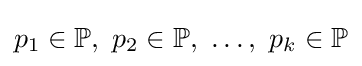
p_{1}\in \mathbb {P} ,\ p_{2}\in \mathbb {P} ,\ \dots ,\ p_{k}\in \mathbb {P}